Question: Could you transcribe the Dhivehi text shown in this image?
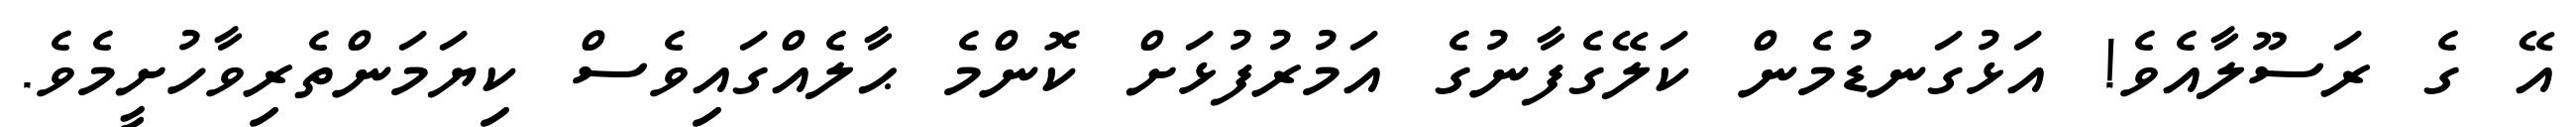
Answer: އޭ ގެ ރަސޫލާއެވެ! އަޅުގަނޑުމެން ކަލޭގެފާނުގެ އަމުރުފުޅަށް ކޮންމެ ޙާލެއްގައިވެސް ކިޔަމަންތެރިވާހުށީމެވެ.